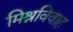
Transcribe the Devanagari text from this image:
मिश्रविवाह